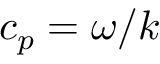
c _ { p } = \omega / k